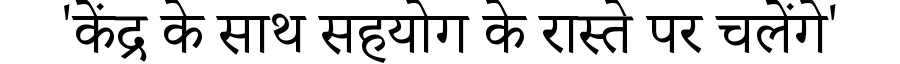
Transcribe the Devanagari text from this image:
'केंद्र के साथ सहयोग के रास्ते पर चलेंगे'